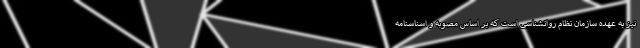
نیز به عهده سازمان نظام روانشناسی است که بر اساس مصوبه و اسناسنامه